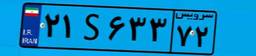
۲۱S۶۳۳۷۲